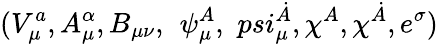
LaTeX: (V_{\mu}^{a},A_{\mu}^{\alpha},B_{\mu\nu},\, \ \psi_{\mu}^{A},\, \, psi_{\mu}^{\dot{A}},\chi^{A},\chi^{\dot{A}},e^{\sigma})